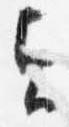
貞